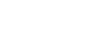
ပေကထဉှိ